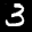
Label: 3